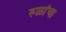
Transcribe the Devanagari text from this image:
रुळांचा